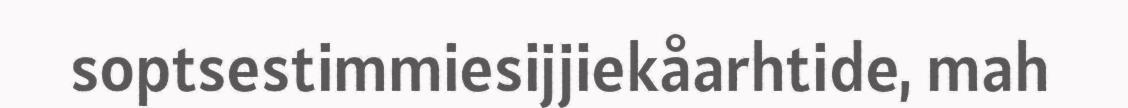
soptsestimmiesijjiekåarhtide, mah